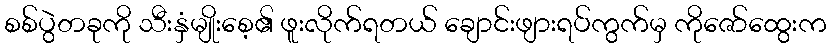
စစ်ပွဲတခုကို သီးနှံမျိုးစေ့၏ ဖူးလိုက်ရတယ် ချောင်းဖျားရပ်ကွက်မှ ကိုဇော်ထွေးက